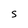
Character: s